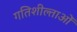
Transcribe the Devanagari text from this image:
गतिशील्ताओं